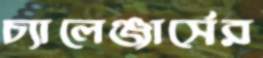
চ্যালেঞ্জার্সের